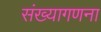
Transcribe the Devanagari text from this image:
संख्यागणना